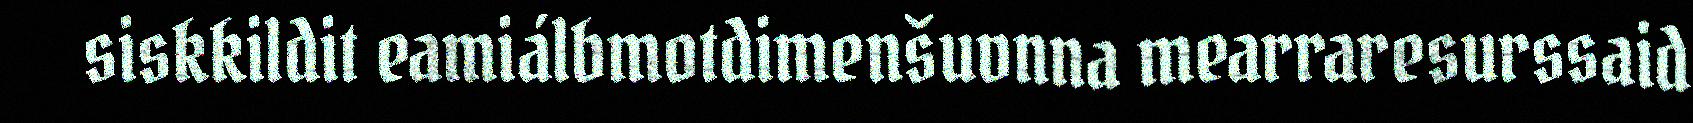
siskkildit eamiálbmotdimenšuvnna mearraresurssaid